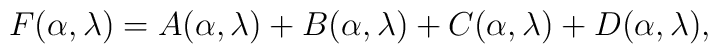
F(\alpha,\lambda)=A(\alpha,\lambda)+B(\alpha,\lambda)+C(\alpha,\lambda)+D(\alpha,\lambda),